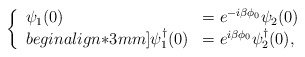
\begin{align*}\left \{\begin{array}{ll}\psi_1 (0) & = e^{-i\beta\phi_0}\psi_2(0) \\begin{align*}3mm]\psi_1^\dagger (0) & = e^{i\beta\phi_0}\psi_2^\dagger(0),\end{array}\right.\end{align*}